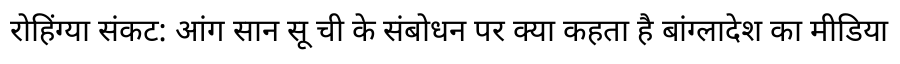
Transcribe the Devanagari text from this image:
रोहिंग्या संकट: आंग सान सू ची के संबोधन पर क्या कहता है बांग्लादेश का मीडिया